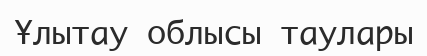
Ұлытау облысы таулары